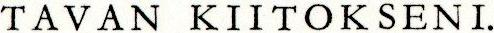
TAVAN KIITOKSENI.